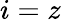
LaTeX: i=z